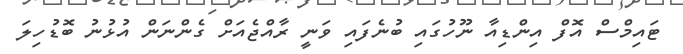
ޓައިމްސް އޮފް އިންޑިއާ ނޫހުގައި ބުނެފައި ވަނީ ރާއްޖެއަށް ގެންނަން އުޅުނު ބޮޑުހިލަ